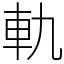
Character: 軌